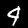
Label: 4